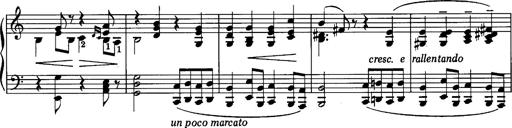
Title: La romanesca
Composer: Franz Liszt